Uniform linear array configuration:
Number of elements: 12
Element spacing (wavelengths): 0.25
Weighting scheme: uniform
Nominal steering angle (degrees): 0
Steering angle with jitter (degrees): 1.701
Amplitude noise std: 0.05
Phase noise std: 0.05

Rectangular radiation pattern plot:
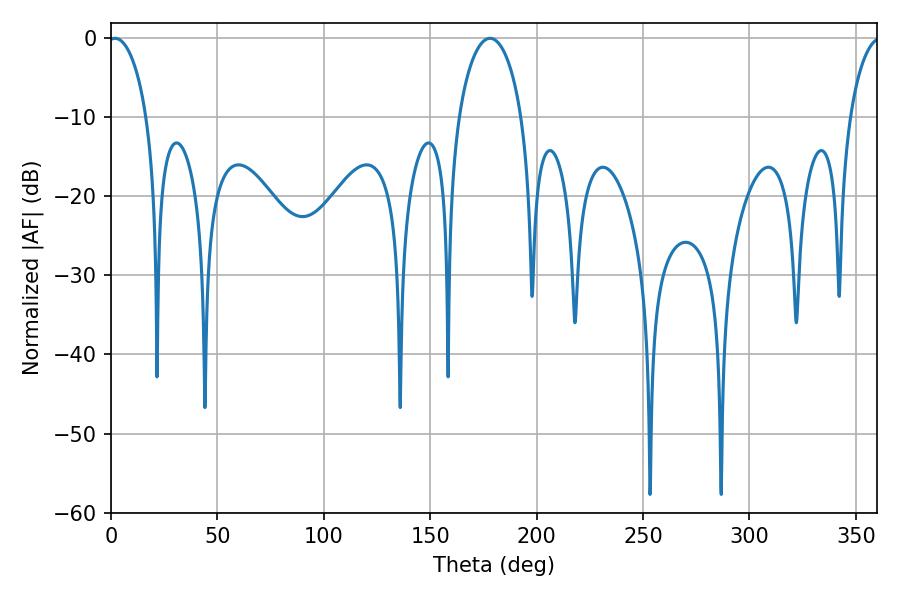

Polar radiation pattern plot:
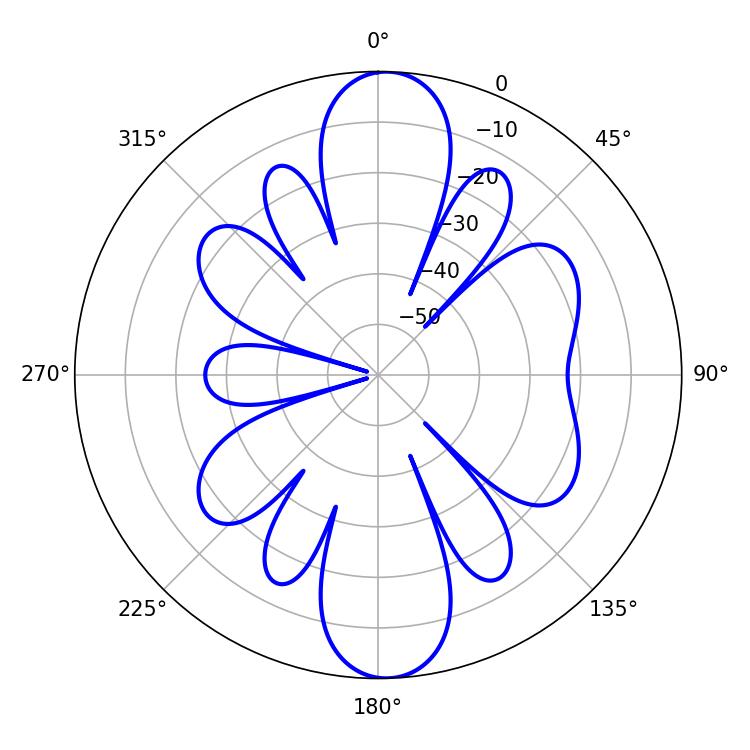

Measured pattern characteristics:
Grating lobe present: FALSE
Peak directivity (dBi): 17.996
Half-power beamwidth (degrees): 10.44
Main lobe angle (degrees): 1.98